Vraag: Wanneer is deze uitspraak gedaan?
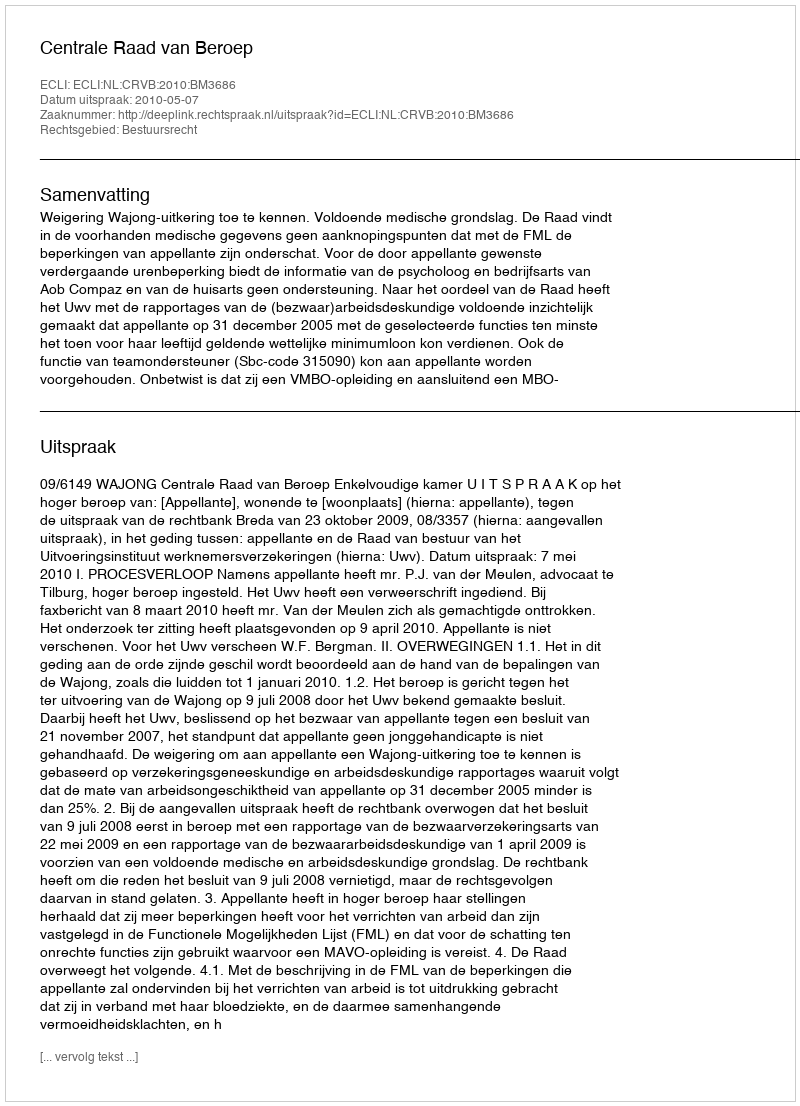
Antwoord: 2010-05-07